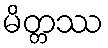
မိတ္တဿ